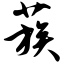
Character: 蔟